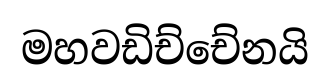
මහවඩිච්චේනයි